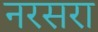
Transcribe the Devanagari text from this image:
नरसरा